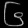
Digit: ၆